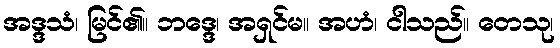
အဒ္ဒသံ၊ မြင်၏။ ဘဒ္ဒေ၊ အရှင်မ။ အဟံ၊ ငါသည်။ တေသု၊